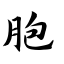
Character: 胞